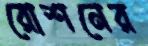
রোশনের